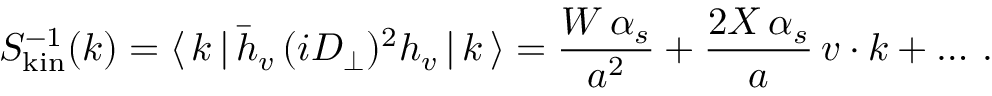
S _ { \mathrm { k i n } } ^ { - 1 } ( k ) = \langle \, k \, | \, \bar { h } _ { v } \, ( i D _ { \perp } ) ^ { 2 } h _ { v } \, | \, k \, \rangle = { \frac { W \, \alpha _ { s } } { a ^ { 2 } } } + { \frac { 2 X \, \alpha _ { s } } { a } } \, v \cdot k + \dots \, .